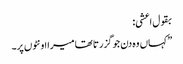
بقول اعشی:
”کہاں وہ دن جو گزرتا تھا میرا اونٹوں پر۔